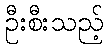
ဦးစီးသည့်